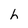
Character: h